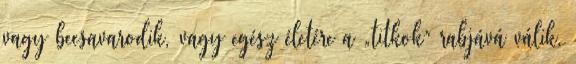
vagy becsavarodik, vagy egész életére a „titkok” rabjává válik,